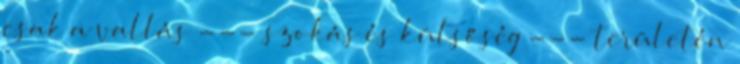
csak a vallás --- szokás és külsőség --- területén